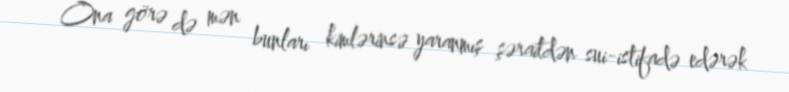
Ona görə də mən bunları kimlərinsə yaranmış şəraitdən sui-istifadə edərək